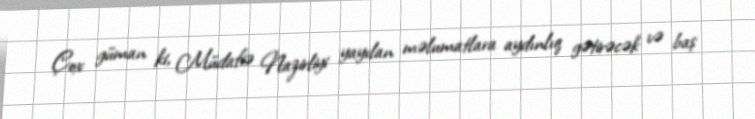
Çox güman ki, Müdafiə Nazirliyi yayılan məlumatlara aydınlıq gətirəcək və baş